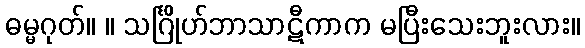
ဓမ္မဂုတ်။ ။ သင်္ဂြိုဟ်ဘာသာဋီကာက မပြီးသေးဘူးလား။